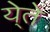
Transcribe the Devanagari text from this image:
ये्ते